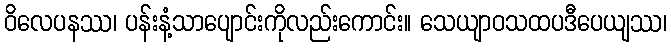
ဝိလေပနဿ၊ ပန်းနံ့သာပျောင်းကိုလည်းကောင်း။ သေယျာဝသထပဒီပေယျဿ၊